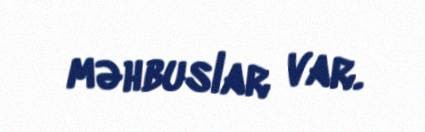
məhbuslar var.